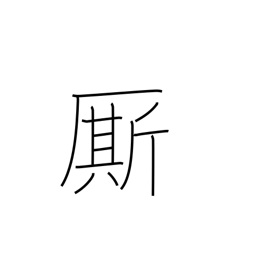
Meaning: follower